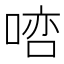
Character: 𠸠